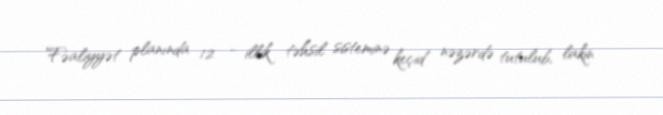
Fəaliyyət planında 12 - illik təhsil sisteminə keçid nəzərdə tutulub, lakin